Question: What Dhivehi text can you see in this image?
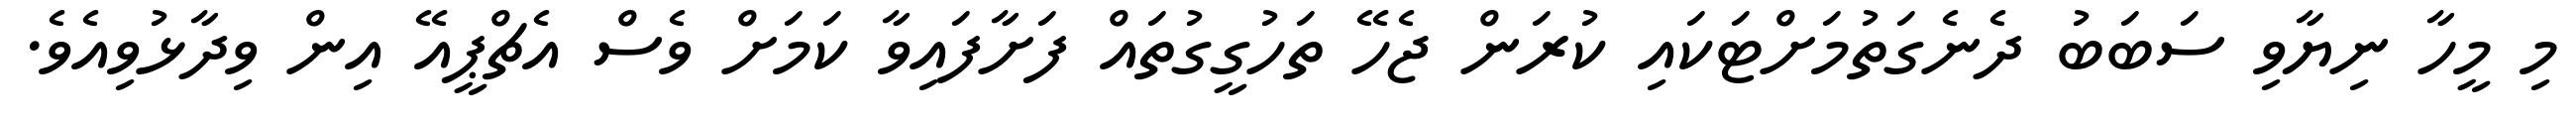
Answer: މި މީހާ ނިޔާވި ސަބަބު ދެނެގަތުމަށްޓަކައި ކުރަން ޖެހޭ ތަހުގީގުތައް ފަށާފައިވާ ކަމަށް ވެސް އެޗްޕީއޭ އިން ވިދާޅުވިއެވެ.